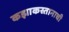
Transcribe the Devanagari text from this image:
कझाकस्तानाची